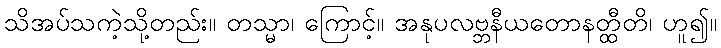
သိအပ်သကဲ့သို့တည်း။ တသ္မာ၊ ကြောင့်။ အနုပလဗ္ဘနီယတောနတ္ထီတိ၊ ဟူ၍။